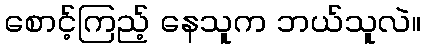
စောင့်ကြည့် နေသူက ဘယ်သူလဲ။